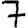
Digit: 7